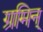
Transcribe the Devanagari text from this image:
ग्रमिन्